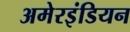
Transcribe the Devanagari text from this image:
अमेरइंडियन